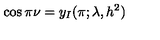
\cos \pi \nu = y _ { I } ( \pi ; \lambda , h ^ { 2 } )